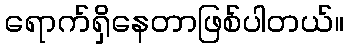
ရောက်ရှိနေတာဖြစ်ပါတယ်။